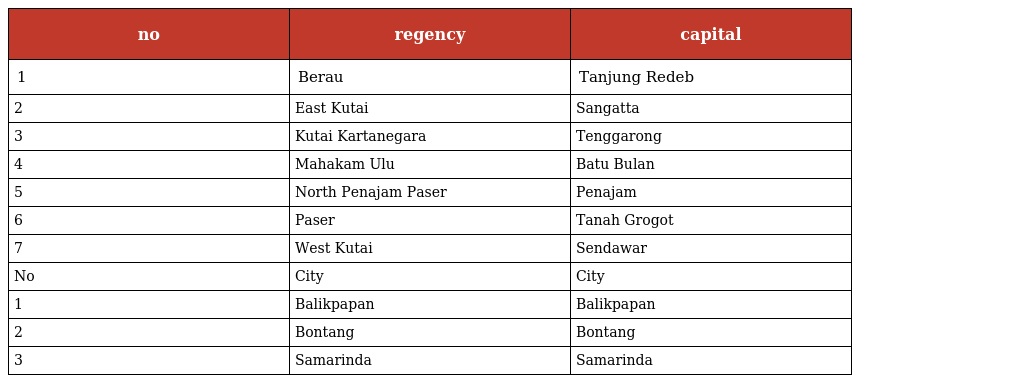
| no | regency | capital |
 | --- | --- | --- |
 | 1 | Berau | Tanjung Redeb |
 | 2 | East Kutai | Sangatta |
 | 3 | Kutai Kartanegara | Tenggarong |
 | 4 | Mahakam Ulu | Batu Bulan |
 | 5 | North Penajam Paser | Penajam |
 | 6 | Paser | Tanah Grogot |
 | 7 | West Kutai | Sendawar |
 | No | City | City |
 | 1 | Balikpapan | Balikpapan |
 | 2 | Bontang | Bontang |
 | 3 | Samarinda | Samarinda |